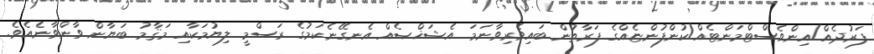
ފަރުދެއް/އިންވެސްޓްމަންޓެއް/ކުންފުންޏެއްގެ ފަރާތުން ބައިވެރިވާނަމަ އެޝަޚްޞެއް އެނގޭނެކަމުގެ ރަސްމީ ލިޔުމަކާއި މަޤާމު ބަޔާން ވާންވާނެއެވެ.